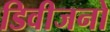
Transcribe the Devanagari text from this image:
डिवीजनो